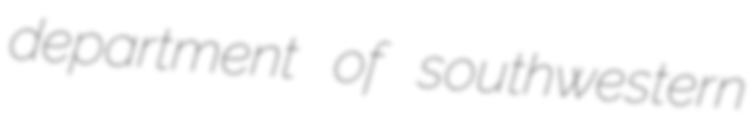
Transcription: department of southwestern